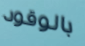
بالوقود